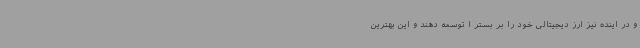
و در اینده نیز ارز دیجیتالی خود را بر بستر ا توسعه دهند و این بهترین